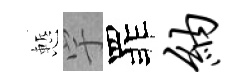
慙宇罪纳